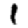
Digit: 1